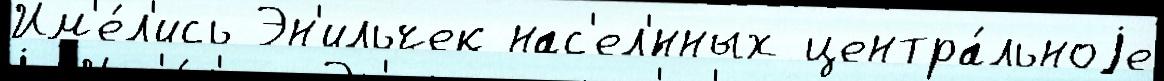
Им'е́л'ись Эн'ильчек нас'ел'́нных центра́льноjе